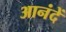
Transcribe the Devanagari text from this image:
आनंदें